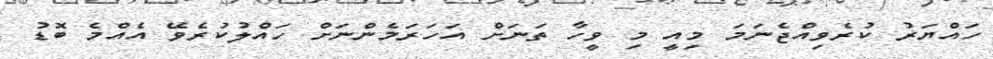
ހައްޔަރު ކުރެވިއްޖެނަމަ މިއީ މި ވީހާ ތަނަށް އަހަރަމެންނަށް ހައްލުކުރެވޭ އެއްމެ ބޮޑު